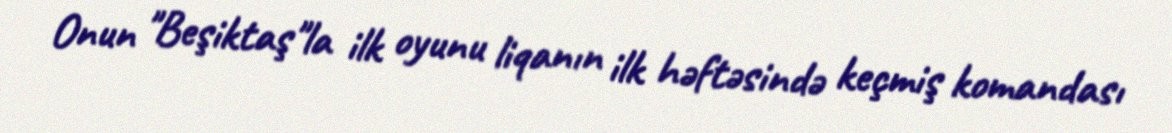
Onun "Beşiktaş"la ilk oyunu liqanın ilk həftəsində keçmiş komandası